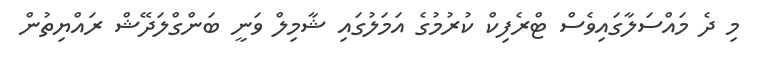
މި ދެ މައްސަލާގައިވެސް ޓްރެފިކް ކުރުމުގެ އަމަލުގައި ޝާމިލް ވަނީ ބަންގްލަދޭޝް ރައްޔިތުން